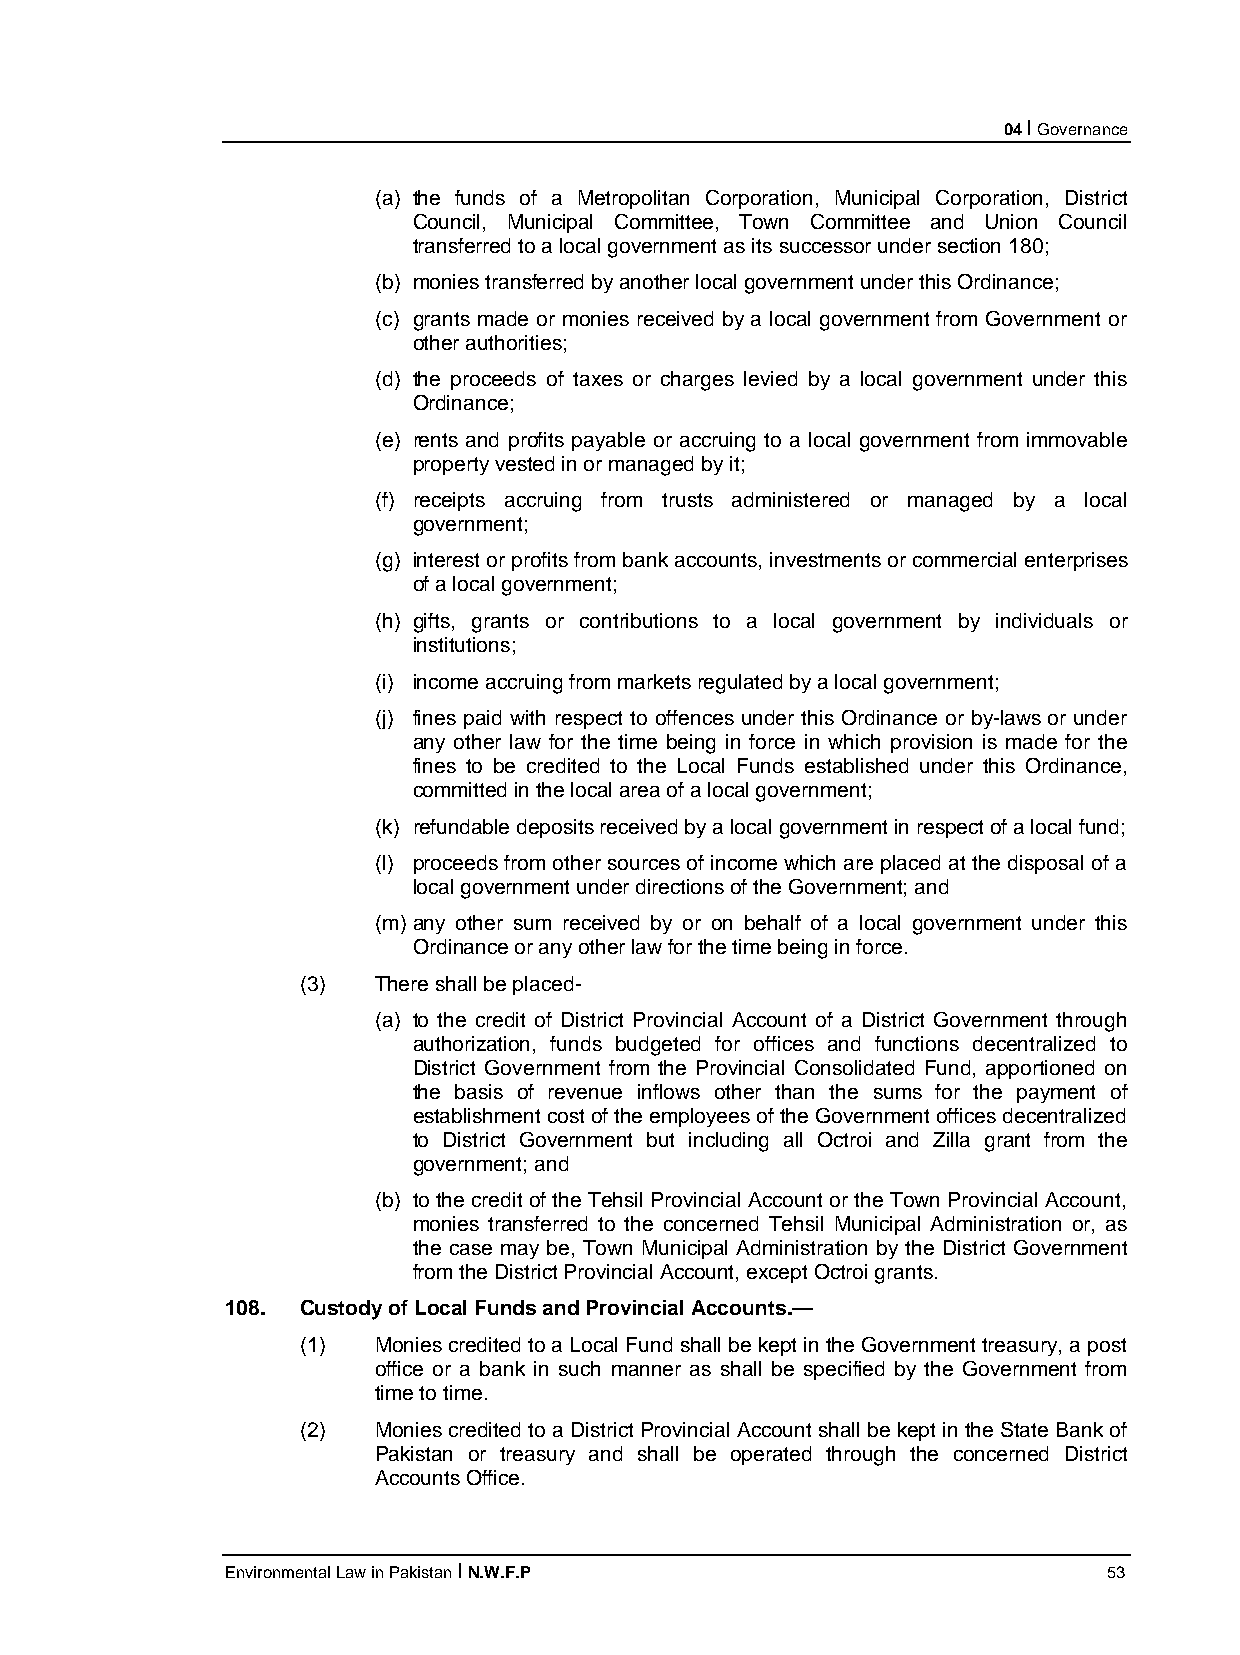
04 I Governance
 (a) the funds of a Metropolitan Corporation, Municipal Corporation, District
 Council, Municipal Committee, Town Committee and Union Council
 transferred to a local government as its successor under section 180;
 (b) monies transferred by another local government under this Ordinance;
 (c) grants made or monies received by a local government from Government or
 other authorities;
 (d) the proceeds of taxes or charges levied by a local government under this
 Ordinance;
 (e) rents and profits payable or accruing to a local government from immovable
 property vested in or managed by it;
 (f) receipts accruing from trusts administered or managed by a local
 government;
 (g) interest or profits from bank accounts, investments or commercial enterprises
 of a local government;
 (h) gifts, grants or contributions to a local government by individuals or
 institutions;
 (i) income accruing from markets regulated by a local government;
 (j) fines paid with respect to offences under this Ordinance or by-laws or under
 any other law for the time being in force in which provision is made for the
 fines to be credited to the Local Funds established under this Ordinance,
 committed in the local area of a local government;
 (k) refundable deposits received by a local government in respect of a local fund;
 (l) proceeds from other sources of income which are placed at the disposal of a
 local government under directions of the Government; and
 (m) any other sum received by or on behalf of a local government under this
 Ordinance or any other law for the time being in force.
 (3)  There shall be placed-
 (a) to the credit of District Provincial Account of a District Government through
 authorization, funds budgeted for offices and functions decentralized to
 District Government from the Provincial Consolidated Fund, apportioned on
 the basis of revenue inflows other than the sums for the payment of
 establishment cost of the employees of the Government offices decentralized
 to District Government but including all Octroi and Zilla grant from the
 government; and
 (b) to the credit of the Tehsil Provincial Account or the Town Provincial Account,
 monies transferred to the concerned Tehsil Municipal Administration or, as
 the case may be, Town Municipal Administration by the District Government
 from the District Provincial Account, except Octroi grants.
 108. Custody of Local Funds and Provincial Accounts.—
 (1)  Monies credited to a Local Fund shall be kept in the Government treasury, a post
 office or a bank in such manner as shall be specified by the Government from
 time to time.
 (2)  Monies credited to a District Provincial Account shall be kept in the State Bank of
 Pakistan or treasury and shall be operated through the concerned District
 Accounts Office.
 Environmental Law in Pakistan I N.W.F.P                   53